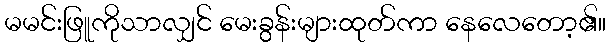
မမင်းဖြူကိုသာလျှင် မေးခွန်းများထုတ်ကာ နေလေတော့၏။